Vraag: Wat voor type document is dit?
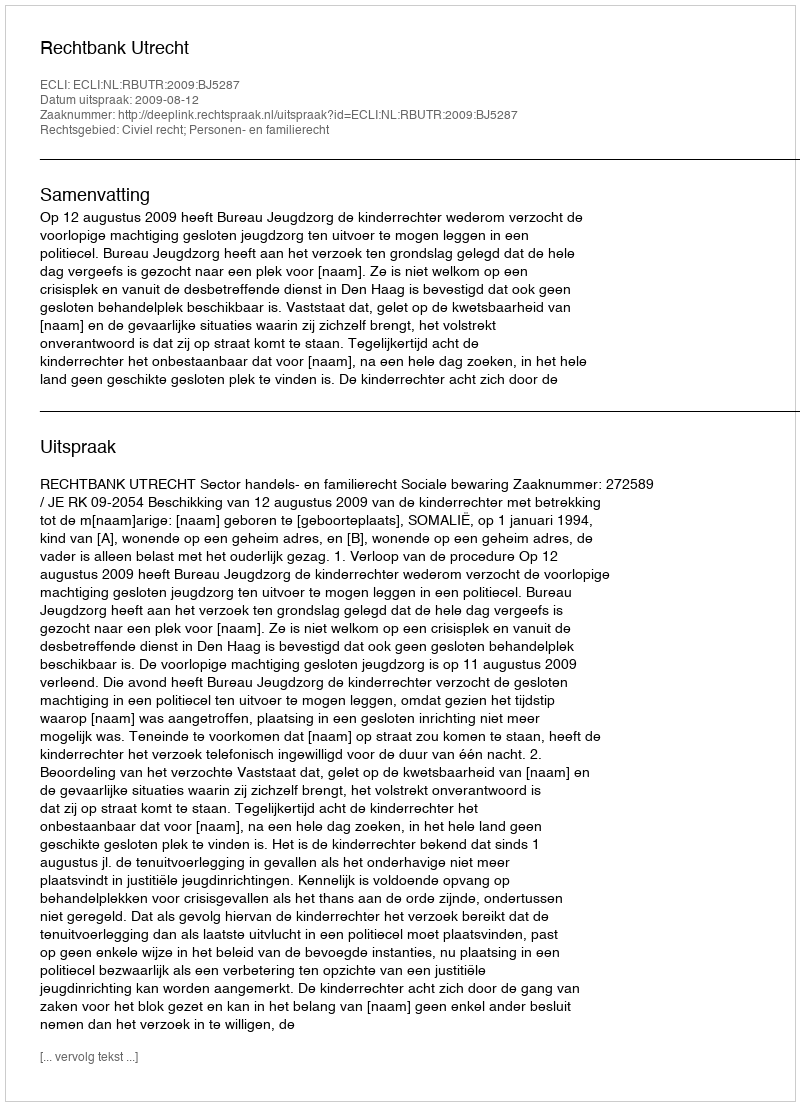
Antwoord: Uitspraak